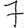
Digit: 7